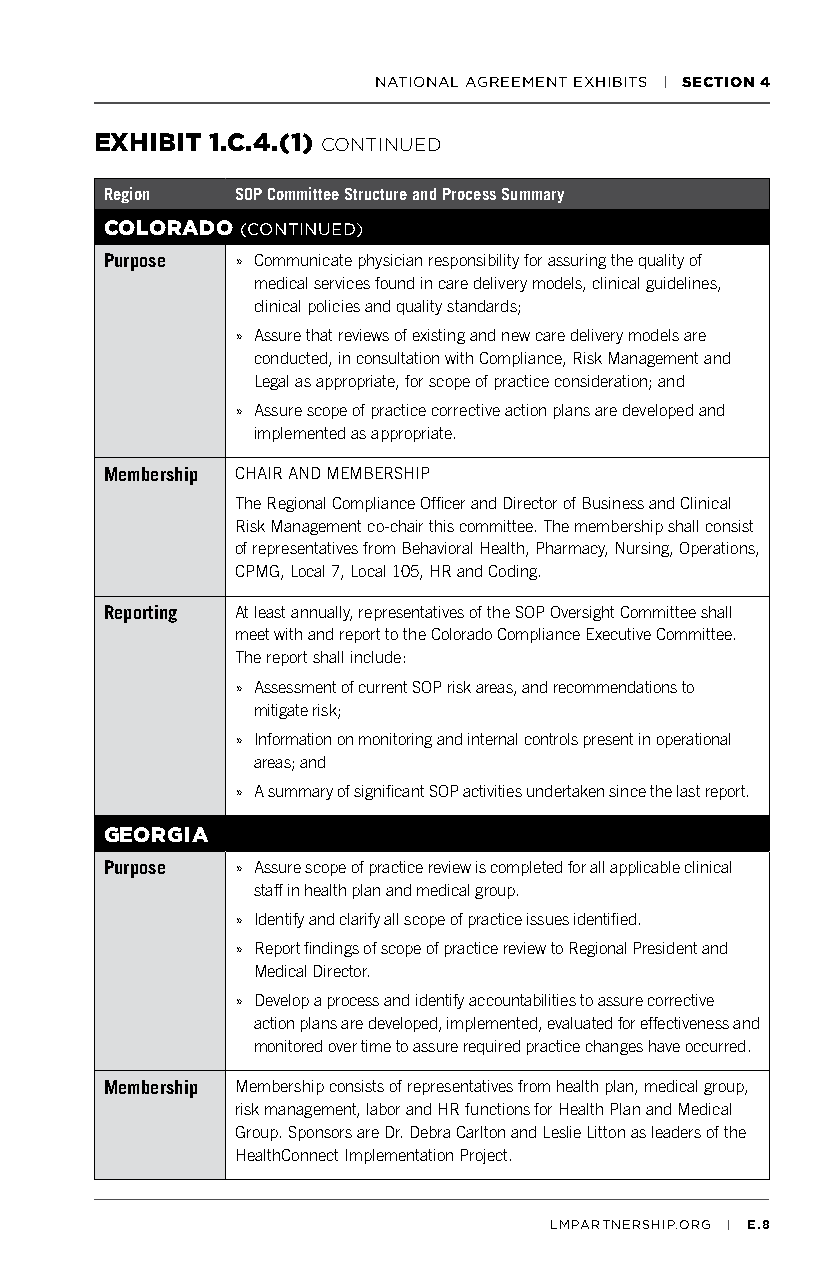
NATIONAL AGREEMENT EXHIBITS | SECTION 4
 EXHIBIT 1.C.4.(1) CONTINUED
 Region   SOP Committee Structure and Process Summary
 COLORADO (CONTINUED)
 Purpose  » Communicate physician responsibility for assuring the quality of
 medical services found in care delivery models, clinical guidelines,
 clinical policies and quality standards;
 » Assure that reviews of existing and new care delivery models are
 conducted, in consultation with Compliance, Risk Management and
 Legal as appropriate, for scope of practice consideration; and
 » Assure scope of practice corrective action plans are developed and
 implemented as appropriate.
 Membership CHAIR AND MEMBERSHIP
 The Regional Compliance Officer and Director of Business and Clinical
 Risk Management co-chair this committee. The membership shall consist
 of representatives from Behavioral Health, Pharmacy, Nursing, Operations,
 CPMG, Local 7, Local 105, HR and Coding.
 Reporting At least annually, representatives of the SOP Oversight Committee shall
 meet with and report to the Colorado Compliance Executive Committee.
 The report shall include:
 » Assessment of current SOP risk areas, and recommendations to
 mitigate risk;
 » Information on monitoring and internal controls present in operational
 areas; and
 » A summary of significant SOP activities undertaken since the last report.
 GEORGIA
 Purpose  » Assure scope of practice review is completed for all applicable clinical
 staff in health plan and medical group.
 » Identify and clarify all scope of practice issues identified.
 » Report findings of scope of practice review to Regional President and
 Medical Director.
 » Develop a process and identify accountabilities to assure corrective
 action plans are developed, implemented, evaluated for effectiveness and
 monitored over time to assure required practice changes have occurred.
 Membership Membership consists of representatives from health plan, medical group,
 risk management, labor and HR functions for Health Plan and Medical
 Group. Sponsors are Dr. Debra Carlton and Leslie Litton as leaders of the
 HealthConnect Implementation Project.
 LMPARTNERSHIP.ORG | E.8